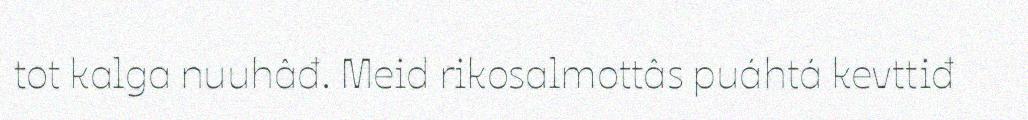
tot kalga nuuhâđ. Meid rikosalmottâs puáhtá kevttiđ